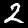
Label: 2